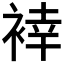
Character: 𲀴